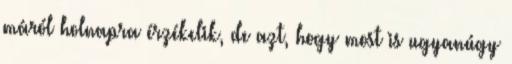
máról holnapra érzékelik, de azt, hogy most is ugyanúgy